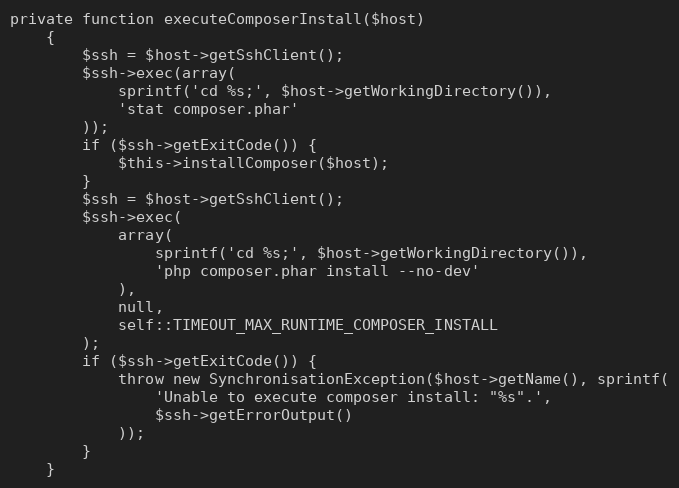
Language: PHP
private function executeComposerInstall($host)
    {
        $ssh = $host->getSshClient();
        $ssh->exec(array(
            sprintf('cd %s;', $host->getWorkingDirectory()),
            'stat composer.phar'
        ));
        if ($ssh->getExitCode()) {
            $this->installComposer($host);
        }
        $ssh = $host->getSshClient();
        $ssh->exec(
            array(
                sprintf('cd %s;', $host->getWorkingDirectory()),
                'php composer.phar install --no-dev'
            ),
            null,
            self::TIMEOUT_MAX_RUNTIME_COMPOSER_INSTALL
        );
        if ($ssh->getExitCode()) {
            throw new SynchronisationException($host->getName(), sprintf(
                'Unable to execute composer install: "%s".',
                $ssh->getErrorOutput()
            ));
        }
    }